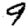
Digit: 9